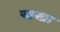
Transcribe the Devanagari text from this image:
खखा